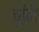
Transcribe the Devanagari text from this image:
चुनि